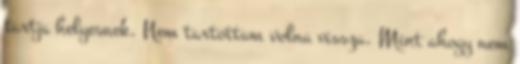
tartja helyesnek. Nem tartottam volna vissza. Mint ahogy nem